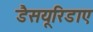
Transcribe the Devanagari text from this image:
डैसयूरिडाए